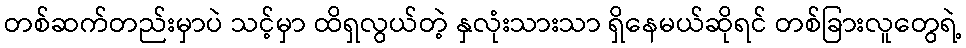
တစ်ဆက်တည်းမှာပဲ သင့်မှာ ထိရှလွယ်တဲ့ နှလုံးသားသာ ရှိနေမယ်ဆိုရင် တစ်ခြားလူတွေရဲ့